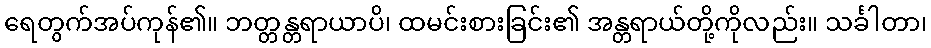
ရေတွက်အပ်ကုန်၏။ ဘတ္တန္တရာယာပိ၊ ထမင်းစားခြင်း၏ အန္တရာယ်တို့ကိုလည်း။ သင်္ခါတာ၊